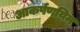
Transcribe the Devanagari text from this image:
आकर्षणयिम